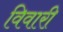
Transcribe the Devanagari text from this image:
विवारी